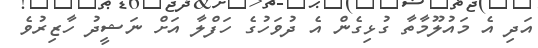
އަދި އެ މައުލޫމާތާ ގުޅިގެން އެ ދުވަހުގެ ހަފްލާ އަށް ނަޝީދު ހާޒިރުވެ